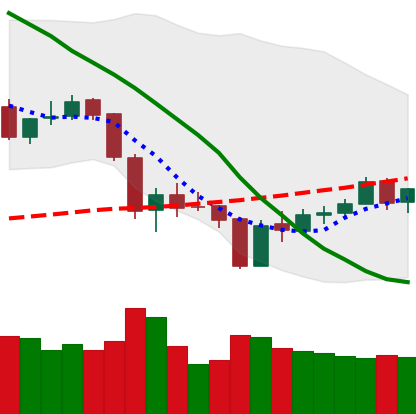
Ticker: ETH-USD
Chart end date: 2018-06-05
Forward return: -13.593%
Label: down_7plus